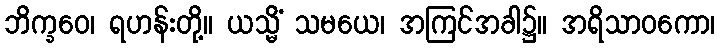
ဘိက္ခဝေ၊ ရဟန်းတို့။ ယသ္မိံ သမယေ၊ အကြင်အခါ၌။ အရိသာဝကော၊